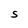
Character: S